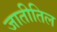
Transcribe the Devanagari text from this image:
जातीतिल